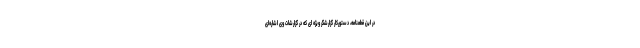
در این قطعنامه، دستورکار گزارشگر ویژه ای که در گزارشات وی اشاره‌ای